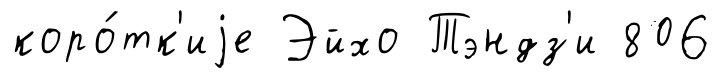
коро́тк'иjе Эйхо Тэндз'и 806